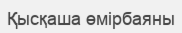
Қысқаша өмірбаяны